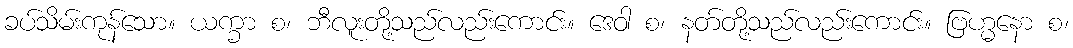
ခပ်သိမ်းကုန်သော။ ယက္ခာ စ၊ ဘီလူးတို့သည်လည်းကောင်း။ ဒေဝါ စ၊ နတ်တို့သည်လည်းကောင်း။ ဗြဟ္မနော စ၊